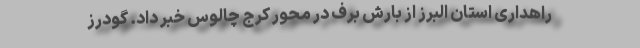
راهداری استان البرز از بارش برف در محور کرج چالوس خبر داد. گودرز